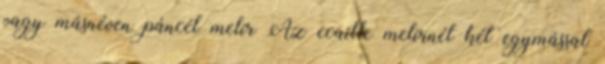
vagy másnéven páncél melír Az ecaille melírnél két egymással